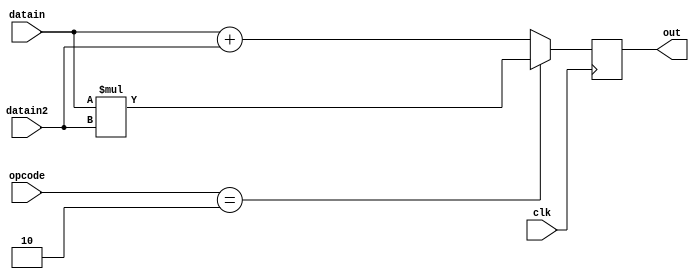
`timescale 1ns / 1ps
//////////////////////////////////////////////////////////////////////////////////
// Company: 
// Engineer: 
// 
// Design Name: 
// Module Name:    ALU 
// Project Name: 
// Target Devices: 
// Tool versions: 
// Description: 
//
// Dependencies: 
//
// Revision: 
// Revision 0.01 - File Created
// Additional Comments: 
//
//////////////////////////////////////////////////////////////////////////////////
module ALU(datain,datain2,clk,out,opcode);
input [ 31:0 ] datain;
input [ 31:0 ] datain2;
input [6:0] opcode;
input clk;
output reg [31:0] out;
always @(posedge clk)
case(opcode)
12'd0:out<=datain+datain2; //add instruction
12'd2:out<=datain*datain2; //multiply instruction
12'd3:out<=datain+datain2; //LW instruction
12'd4:out<=datain+datain2; //imidiate instruction
12'd4:out<=datain|datain2;
default out<=datain+datain2;
endcase

endmodule